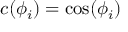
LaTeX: c ( \phi _ { i } ) = \cos ( \phi _ { i } )